Language: tamil
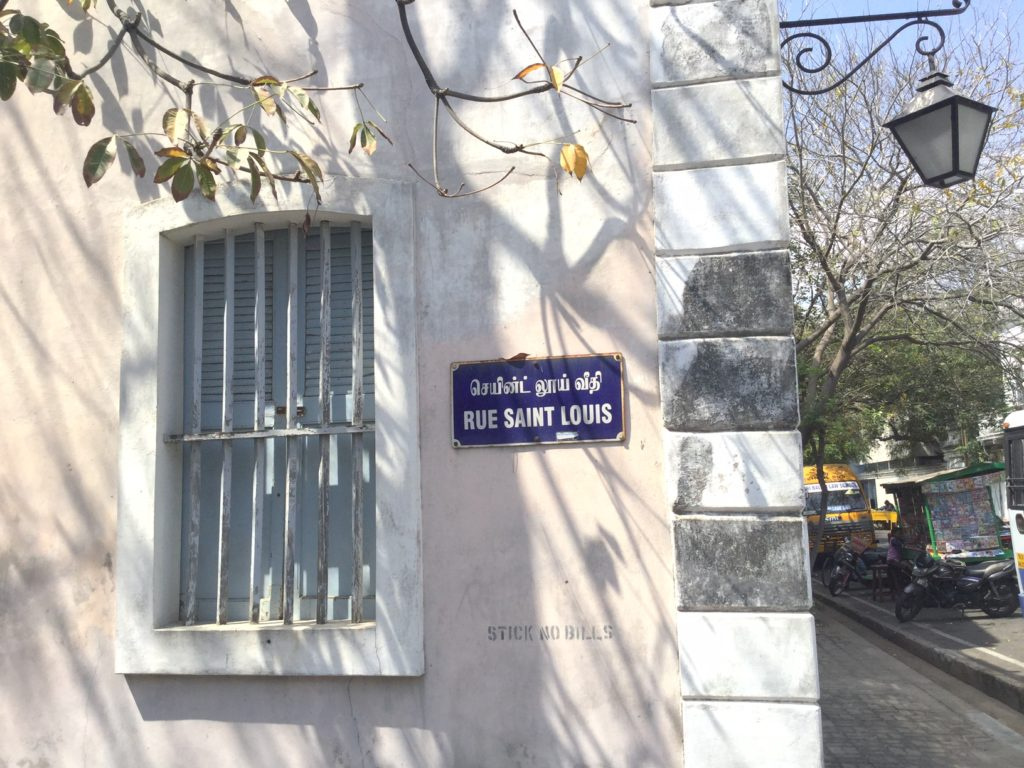
Transcription: வீதி லூய் செயின்ட்